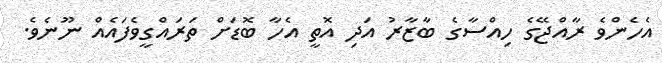
އެހެންވެ ރާއްޖޭގެ ހިއްސާގެ ބާޒާރު އަދި އޮތީ އެހާ ބޮޑަށް ތަރައްގީވެފައެއް ނޫނެވެ.